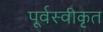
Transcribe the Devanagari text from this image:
पूर्वस्वीकृत